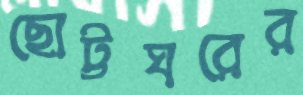
ছোট্টঘরের